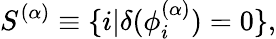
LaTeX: S^{(\alpha)}\equiv\{ i|\delta(\phi_{i}^{(\alpha)})=0\} ,